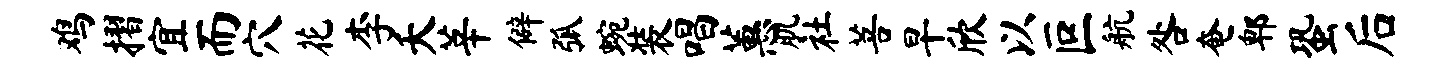
鸡摺宜而穴花李夭莘僻弧蜿装唱蕙肌社菩早欣以叵航咎奄郫蛩后